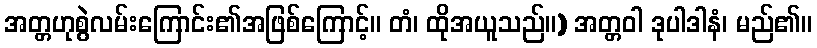
အတ္တဟုစွဲလမ်းကြောင်း၏အဖြစ်ကြောင့်။ တံ၊ ထိုအယူသည်။) အတ္တဝါ ဒုပါဒါနံ၊ မည်၏။